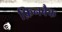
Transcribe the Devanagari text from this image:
फ़िनबैक